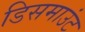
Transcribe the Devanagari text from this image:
डिसमाउंट